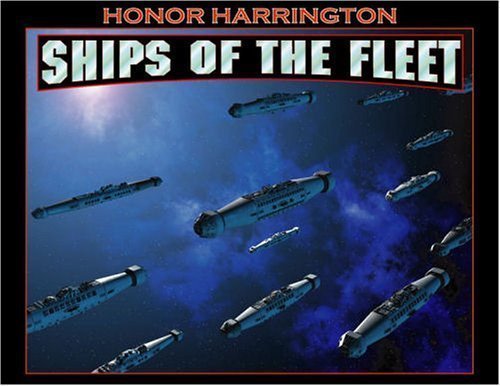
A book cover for Honor Harrington Ships of the Fleet 2006 Calendar; Ad Astra Games; Calendars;